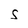
Character: S